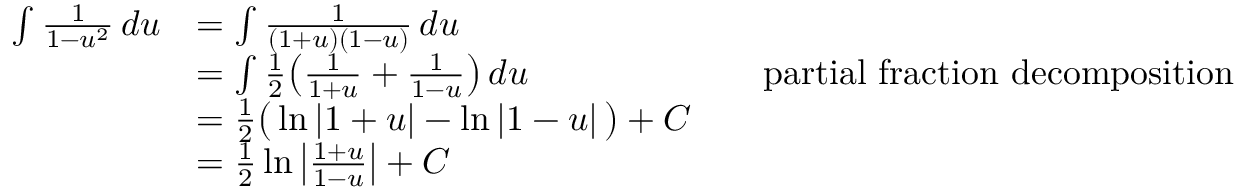
{ \begin{array} { r l r l } { \int { \frac { 1 } { 1 - u ^ { 2 } } } \, d u } & { = \int { \frac { 1 } { ( 1 + u ) ( 1 - u ) } } \, d u } \\ & { = \int { \frac { 1 } { 2 } } \! \left( { \frac { 1 } { 1 + u } } + { \frac { 1 } { 1 - u } } \right) d u } & & { { \mathrm { p a r t i a l ~ f r a c t i o n ~ d e c o m p o s i t i o n } } } \\ & { = { \frac { 1 } { 2 } } { \bigl ( } \ln \left| 1 + u \right| - \ln \left| 1 - u \right| { \bigr ) } + C } \\ & { = { \frac { 1 } { 2 } } \ln \left| { \frac { 1 + u } { 1 - u } } \right| + C } \end{array} }